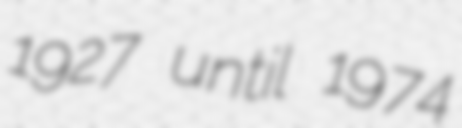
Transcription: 1927 until 1974